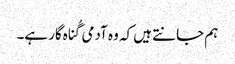
‏ ہم جانتے ہیں کہ وہ آدمی گُناہ‌گار ہے۔